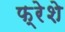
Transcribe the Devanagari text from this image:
फ्रेशे